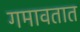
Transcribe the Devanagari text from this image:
गमावतात